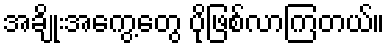
အချိုးအကွေ့တွေ ပိုဖြစ်လာကြတယ်။